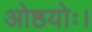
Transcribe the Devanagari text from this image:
ओष्ठयोः।